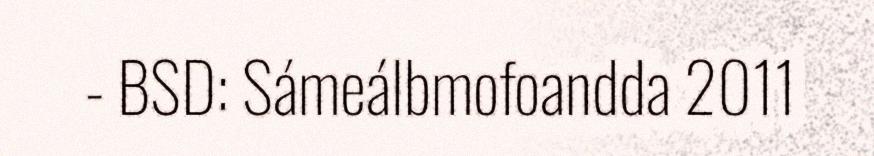
- BSD: Sámeálbmofoandda 2011